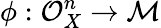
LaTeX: \phi:{\mathcal{O}}_{X}^{n}\to{\mathcal{M}}